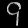
Digit: ၄